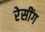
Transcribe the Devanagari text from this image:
रेसींग